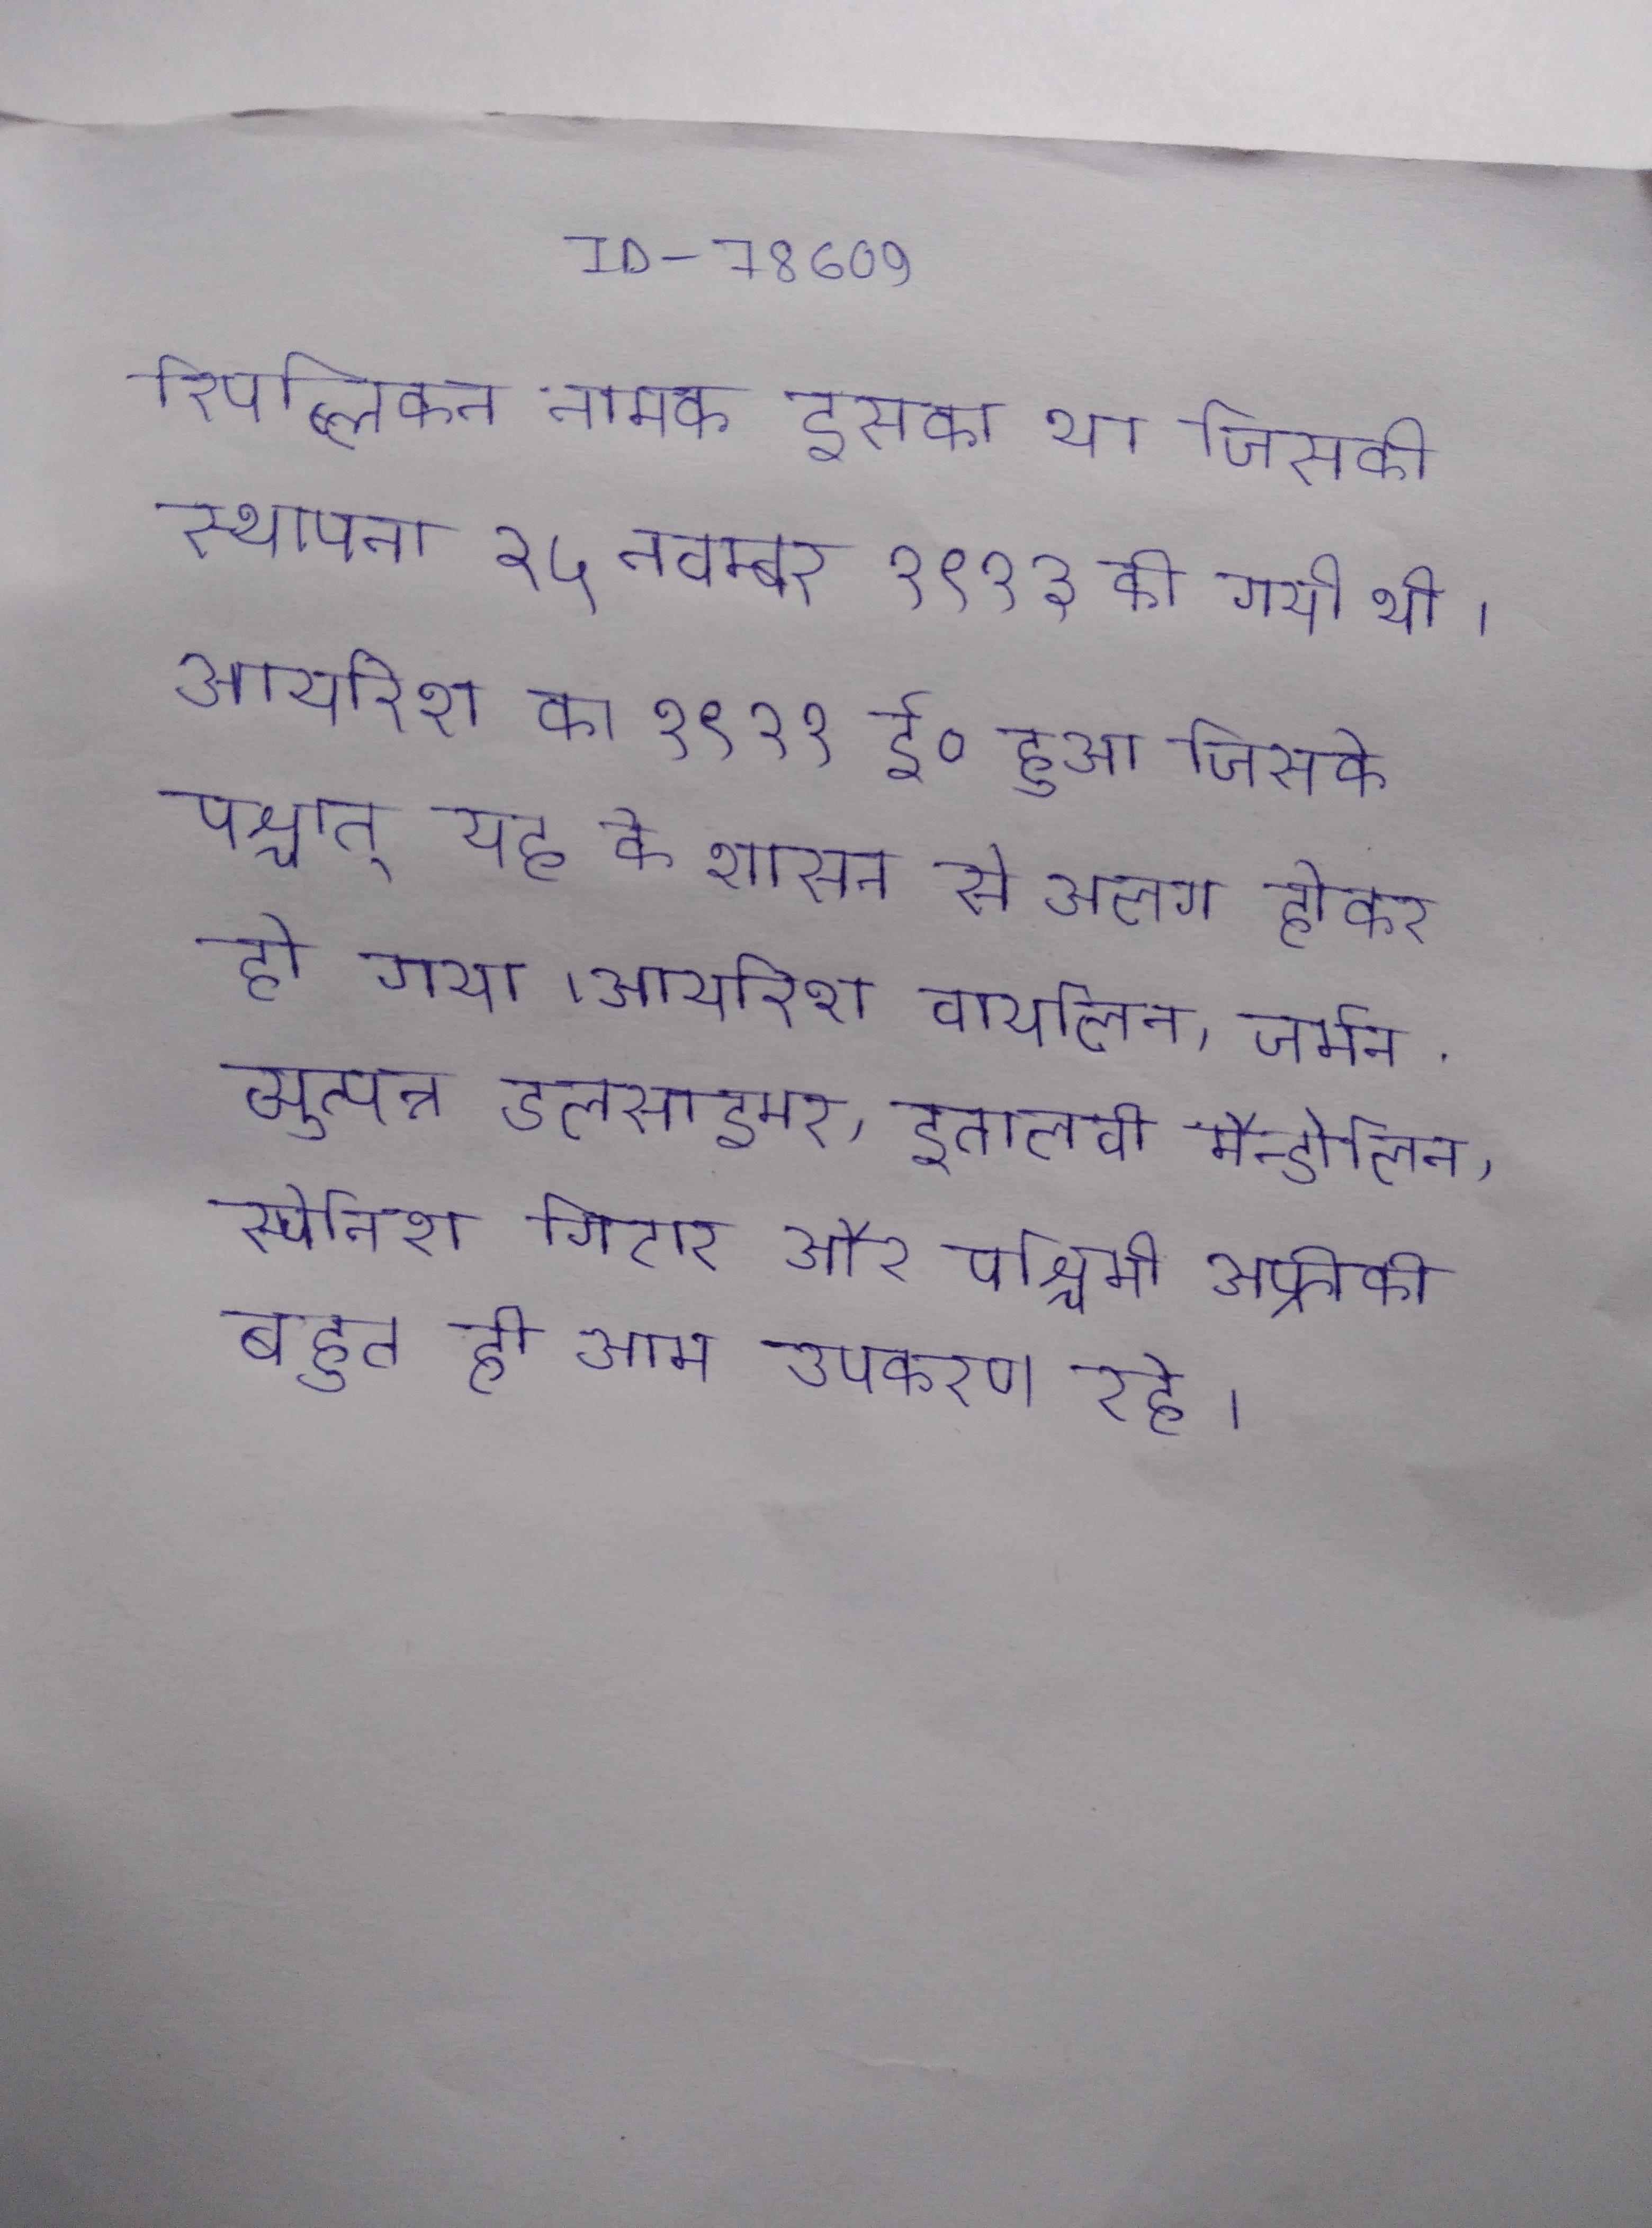
रिपब्लिकन नामक इसका था जिसकी स्थापना २५ नवम्बर १९१३ की गयी थी । आयरिश का १९२१ ई० हुआ जिसके पश्चात् यह के शासन से अलग होकर हो गया । आयरिश वायलिन, जर्मन व्युत्पन्न डलसाइमर, इतालवी मैन्डोलिन, स्पेनिश गिटार और पश्चिमी अफ्रीकी बहुत ही आम उपकरण रहे ।